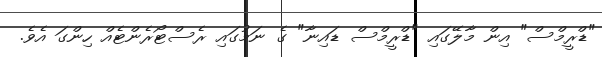
"ޑްރީމްސް" އިން މާލޭގައި "ޑްރީމްސް ޑައިނާ" ގެ ނަމުގައި ރެސްޓޯރެންޓެއް ހިންގަ އެވެ.